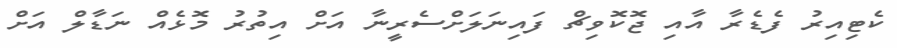
ކެޓިއިރު ފެޑެރާ އާއި ޖޮކޮވިޗް ފައިނަލަށްސެރީނާ އަށް އިތުރު މޮޅެއް ނަޑާލް އަށް